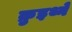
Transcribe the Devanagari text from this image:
क्रुइथ्ने